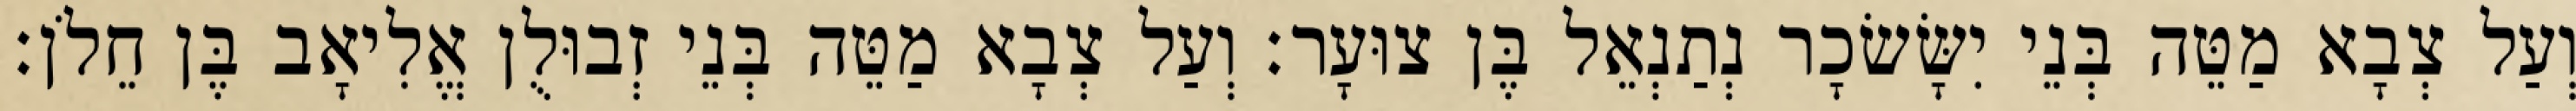
וְעַל צְבָא מַטֵּה בְּנֵי יִשָּׂשׂכָר נְתַנְאֵל בֶּן צוּעָר׃ וְעַל צְבָא מַטֵּה בְּנֵי זְבוּלֻן אֱלִיאָב בֶּן חֵלֹן׃